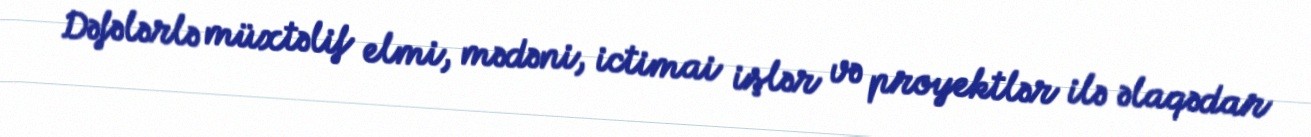
Dəfələrlə müxtəlif elmi, mədəni, ictimai işlər və proyektlər ilə əlaqədar